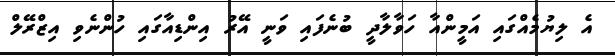
އެ ލިޔުމެއްގައި އަމީންއާ ހަވާލާދީ ބުނެފައި ވަނީ އޭރު އިންޑިއާގައި ހުންނެވި އިޒްރޭލް